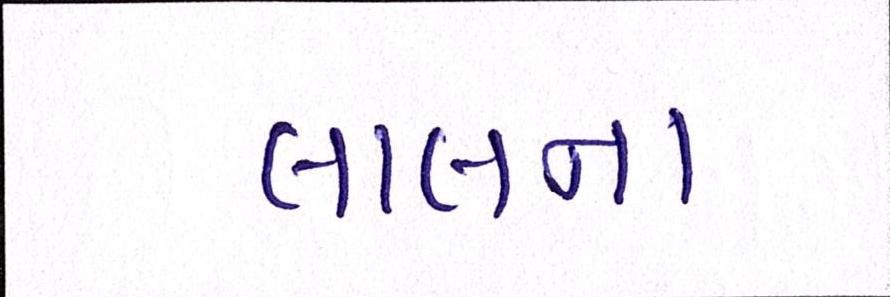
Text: લાલના